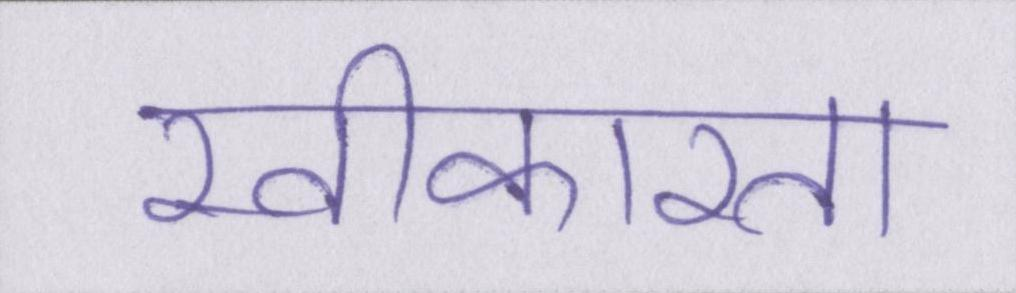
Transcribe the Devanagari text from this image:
स्वीकारता